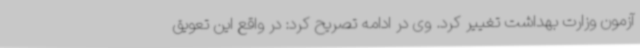
آزمون وزارت بهداشت تغییر کرد. وی در ادامه تصریح کرد: در واقع این تعویق